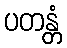
ပတန္တံ